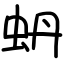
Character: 蚒